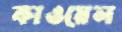
কাওয়েল